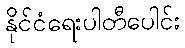
နိုင်ငံရေးပါတီပေါင်း